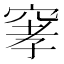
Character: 窙